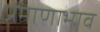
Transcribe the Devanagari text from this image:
प्रमाणाभाव